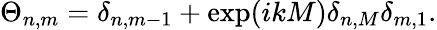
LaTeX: \Theta_{n,m}=\delta_{n,m-1}+\exp(ikM)\delta_{n,M}\delta_{m,1}.